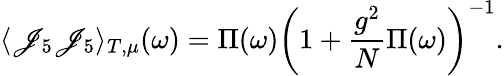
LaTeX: \langle\mathscr{J}_{5}\mathscr{J}_{5}\rangle_{T,\mu}(\omega)=\Pi(\omega)\left(1+{\frac{{g^{2}}}{{N}}}\Pi(\omega)\right)^{-1}.